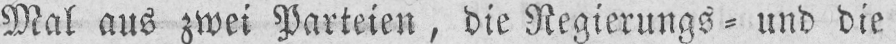
Mal aus zwei Parteien, die Regierungs⸗ und die